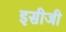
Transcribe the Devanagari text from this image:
इसीजी